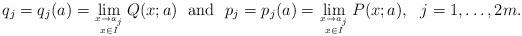
LaTeX: \begin{align*}q_j=q_j(a)=\lim_{x\rightarrow a_j\atop x\in I}Q(x;a) \ \ {\rm and}\ \ p_j=p_j(a) = \lim_{x\rightarrow a_j\atop x\in I}P(x;a),\ \ j=1,\ldots,2m.\end{align*}